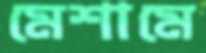
মেশামে